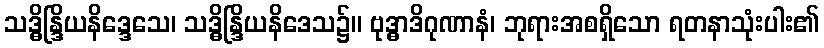
သဒ္ဓိန္ဒြိယနိဒ္ဒေသေ၊ သဒ္ဓိန္ဒြိယနိဒေသ၌။ ဗုဒ္ဓာဒိဂုဏာနံ၊ ဘုရားအစရှိသော ရတနာသုံးပါး၏